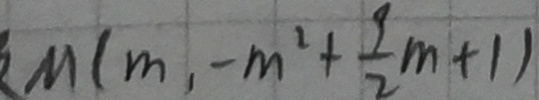
M ( m , - m ^ { 2 } + \frac { 9 } { 2 } m + 1 )